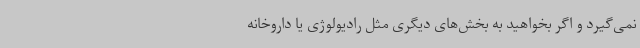
نمی‌گیرد و اگر بخواهید به بخش‌های دیگری مثل رادیولوژی یا داروخانه